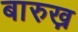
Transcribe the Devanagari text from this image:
बारुख़